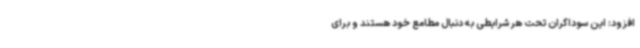
افزود: این سوداگران تحت هر شرایطی به دنبال مطامع خود هستند و برای